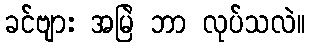
ခင်ဗျား အမြဲ ဘာ လုပ်သလဲ။